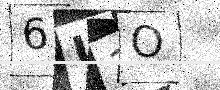
Text: 6U1O